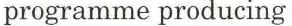
programme producing